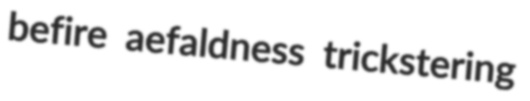
befire aefaldness trickstering